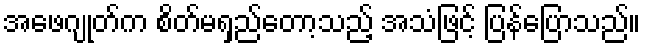
အဖေဂျုတ်က စိတ်မရှည်တော့သည့် အသံဖြင့် ပြန်ပြောသည်။